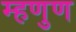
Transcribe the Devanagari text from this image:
म्हणुण